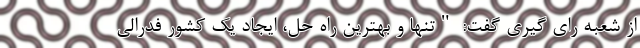
از شعبه رای گیری گفت: "تنها و بهترین راه حل، ایجاد یک کشور فدرالی